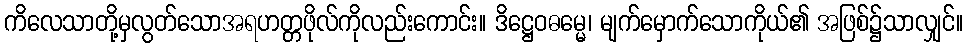
ကိလေသာတို့မှလွတ်သောအရဟတ္တဖိုလ်ကိုလည်းကောင်း။ ဒိဋ္ဌေဝဓမ္မေ၊ မျက်မှောက်သောကိုယ်၏ အဖြစ်၌သာလျှင်။